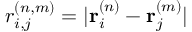
r _ { i , j } ^ { ( n , m ) } = | \mathbf { r } _ { i } ^ { ( n ) } - \mathbf { r } _ { j } ^ { ( m ) } |